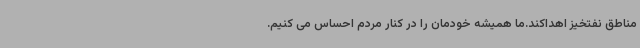
مناطق نفتخیز اهداکند.ما همیشه خودمان را در کنار مردم احساس می کنیم.